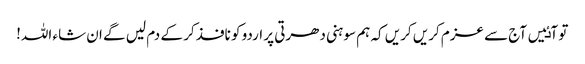
تو آٸیں آج سے عزم کریں کریں کہ ہم سوہنی دھرتی پر اردو کو نافذ کر کے دم لیں گے ان شاء اللہ!